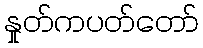
နှုတ်ကပတ်တော်